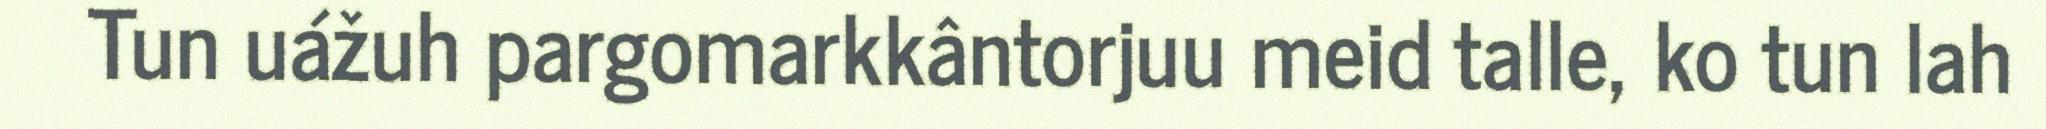
Tun uážuh pargomarkkântorjuu meid talle, ko tun lah